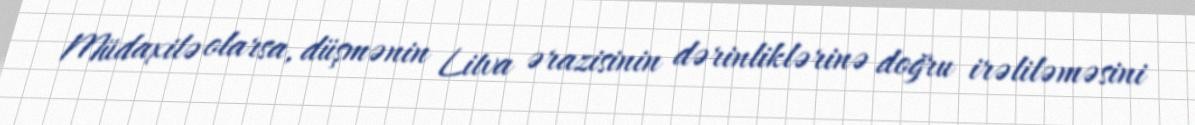
Müdaxilə olarsa, düşmənin Litva ərazisinin dərinliklərinə doğru irəliləməsini